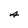
Character: A